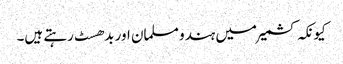
کیونکہ کشمیر میں ہندو مسلمان اور بدھسٹ رہتے ہیں۔